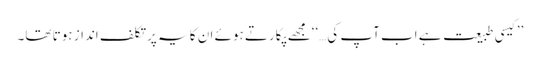
’’کیسی طبیعت ہے اب آپ کی…‘‘مجھے پکارتے ہوئے ان کا یہ پرتکلف انداز ہوتا تھا۔